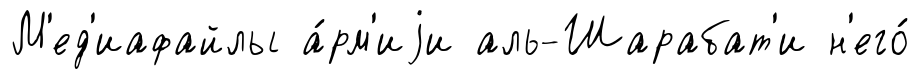
М'ед'иафайлы а́рм'иjи аль-Шарабат'и н'его́